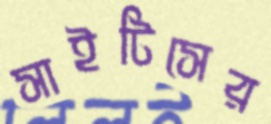
সাইটিসের